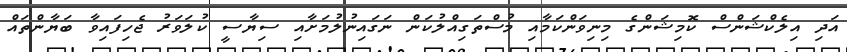
އަދި އިލެކްޝަންސް ކޮމިޝަންގެ މިނިވަންކަމާއި މުސްތަގިއްލުކަން ނަގައިނުލުމަށާއި ސިޔާސީ ކުލަވަރު ޖެހިފައިވާ ބަޔާންތައް